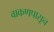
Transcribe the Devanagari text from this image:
वाकणपासून